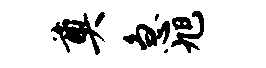
奠急旭